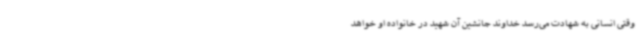
وقتی انسانی به شهادت می‌رسد خداوند جانشین آن شهید در خانواده او خواهد